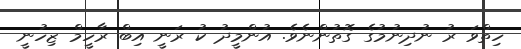
ހިތްވަ ރު ނުދިނުމުގެ ގޮތުންނެވެ. އުންމީދު ކު ރަނީ އިބް ރާހީމް ޒިހުނީ